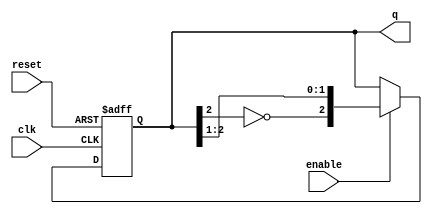
module johnson_counter #(
    parameter N = 3 // Number of bits for the Johnson counter
) (
    input wire clk,           // Clock signal
    input wire enable,        // Enable signal
    input wire reset,         // Asynchronous reset signal
    output reg [N-1:0] q      // Current state of the counter
);

    always @(posedge clk or posedge reset) begin
        if (reset) begin
            // Asynchronous reset to 0
            q <= 0;
        end else if (enable) begin
            // Johnson counter logic
            q <= {~q[N-1], q[N-1:N-2]}; // Shift and feedback
        end
        // If enable is low, retain the current state (no action needed)
    end

endmodule